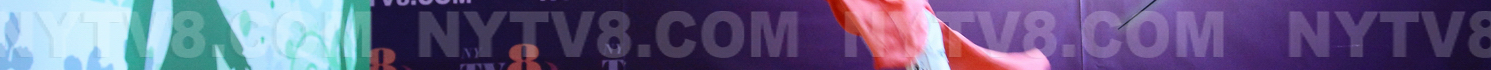
NYTV8.COM NYTV8.COM NYTV8.COM NYTV8